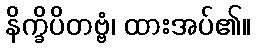
နိက္ခိပိတဗ္ဗံ၊ ထားအပ်၏။